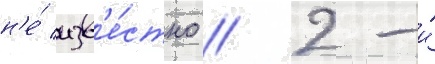
н'е́ изв'е́стно // 2-и́